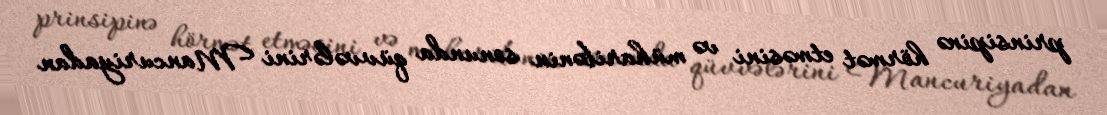
prinsipinə hörmət etməsini və müharibənin sonunda qüvvələrini Mancuriyadan